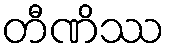
တီဏိဿ